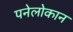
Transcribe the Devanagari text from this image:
पनेलोकान